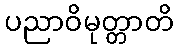
ပညာဝိမုတ္တာတိ